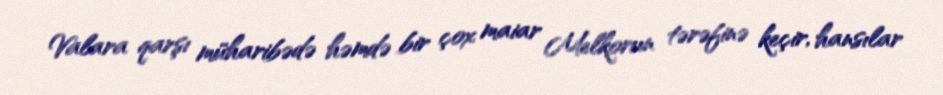
Valara qarşı müharibədə həmdə bir çox maiar Melkorun tərəfinə keçir, hansılar